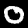
Digit: 0